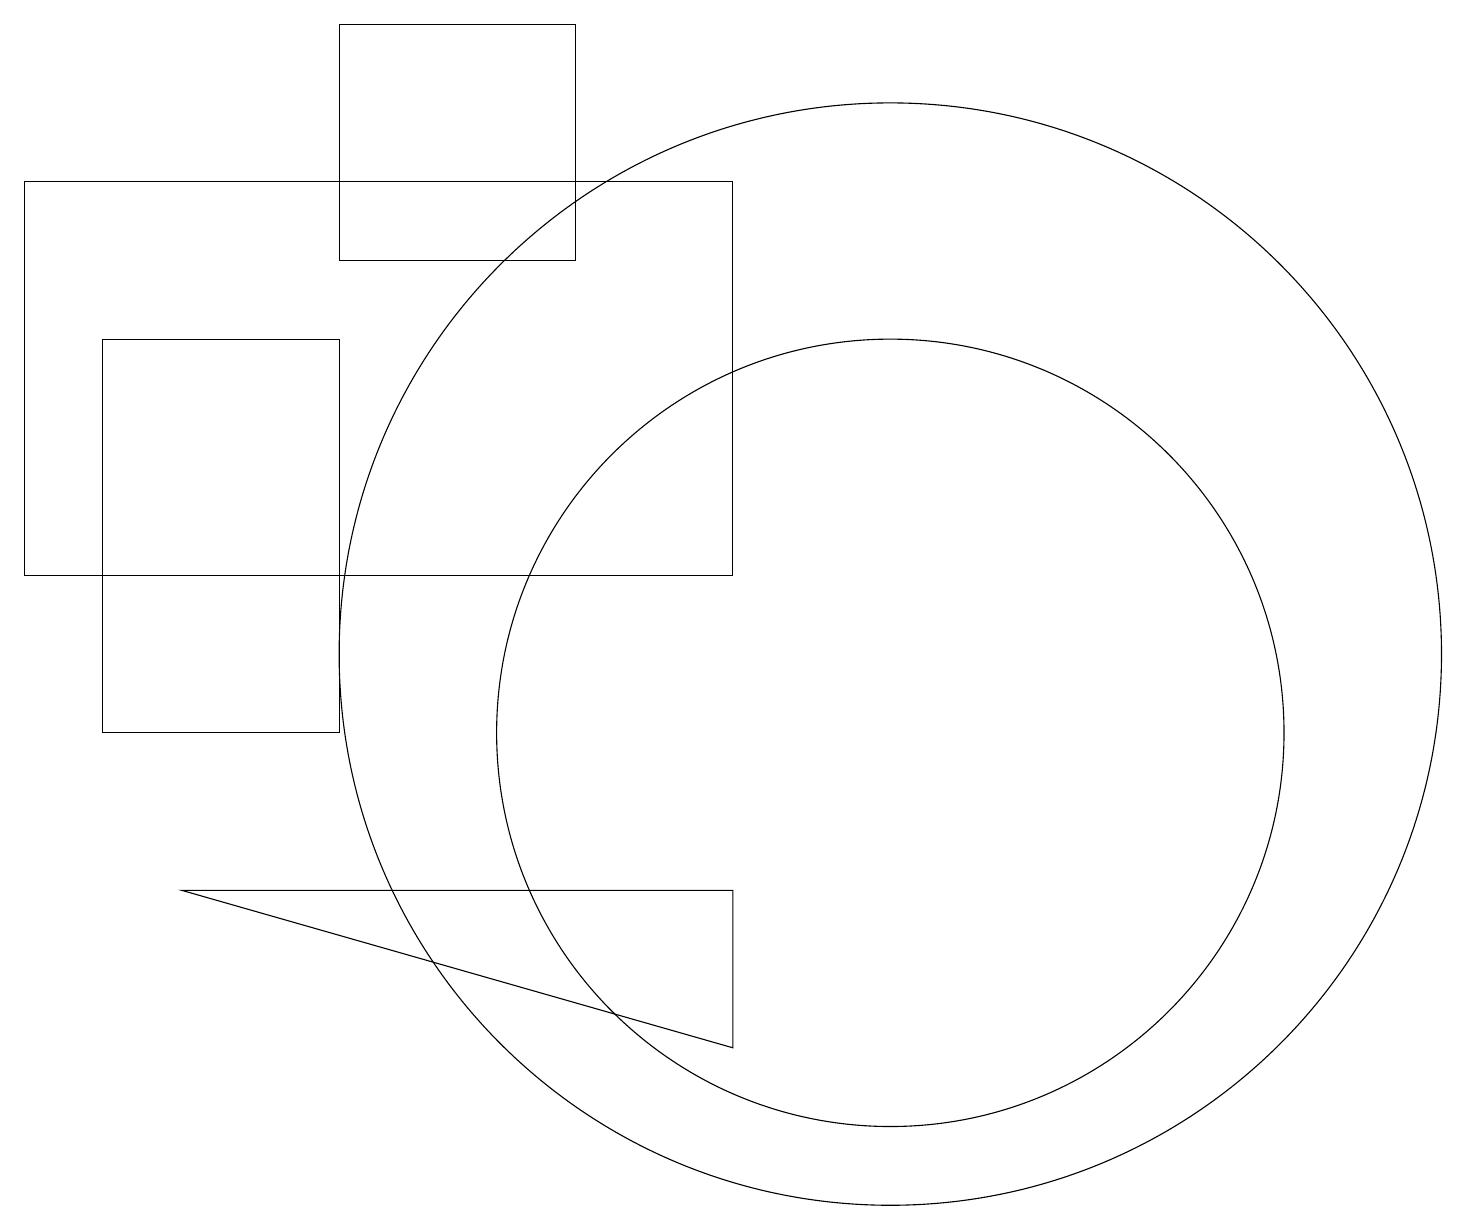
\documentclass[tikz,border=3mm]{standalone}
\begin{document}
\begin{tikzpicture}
\draw (11,10) circle (5);
\draw (0,12) rectangle (9,17);
\draw (7,19) rectangle (4,16);
\draw (11,11) circle (7);
\draw (2,8) -- (9,6) -- (9,8) -- cycle;
\draw (1,15) rectangle (4,10);
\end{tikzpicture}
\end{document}